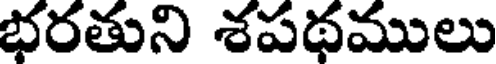
భరతుని శపథములు